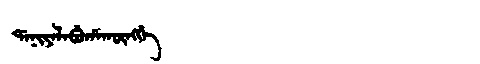
Manchu: ᡩᠠᠨᡳᠶᠠᠯᠠᠪᡠᡥᠠᡴᡡᠩᡤᡝ
Romanization: DANIYALABUHAKŪNGGE